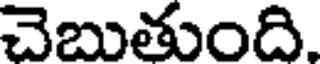
చెబుతుంది.